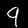
Label: 9